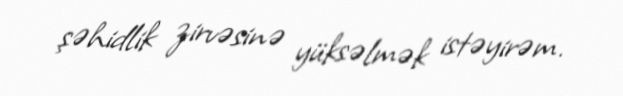
şəhidlik zirvəsinə yüksəlmək istəyirəm.